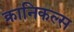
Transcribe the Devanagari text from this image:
क्रानिकल्स